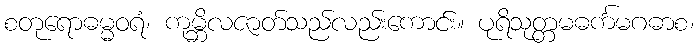
စတုရောဓမ္မဝရံ၊ ကုမ္ဘိလဇာတ်သည်လည်းကောင်း။ ပုရိသုတ္တမဓင်္ကမဂဓာစ၊